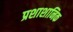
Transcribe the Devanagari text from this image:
प्रशाशानिक